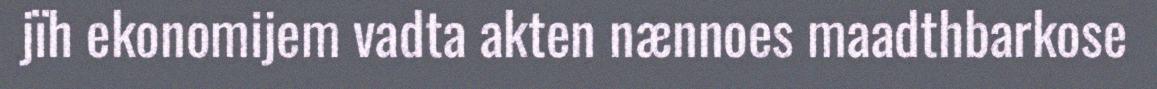
jïh ekonomijem vadta akten nænnoes maadthbarkose